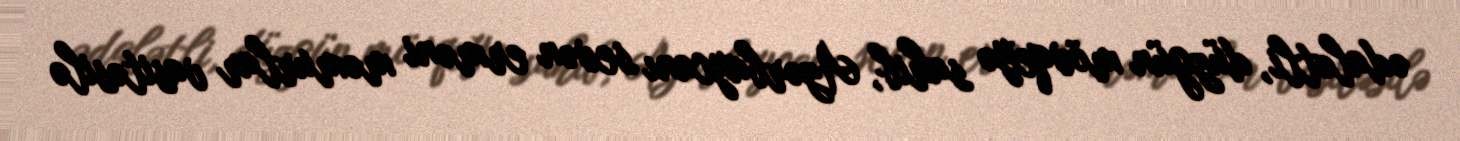
ədalətli, düzgün mövqeyə sahib, Azərbaycanı sevən erməni məmurlar vasitəsilə